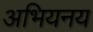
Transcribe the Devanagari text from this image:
अभियनय